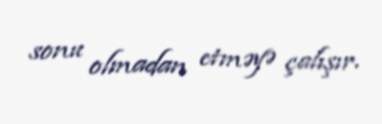
sonu olmadan etməyə çalışır.